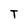
Character: T